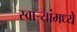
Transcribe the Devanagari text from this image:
स्वाऱ्यांमध्ये